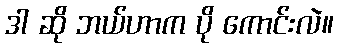
ဒါ ဆို ဘယ်ဟာက ပို ကောင်းလဲ။